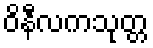
ဝိနီလကသုတ္တ